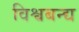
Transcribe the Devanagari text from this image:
विश्वबन्द्य